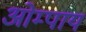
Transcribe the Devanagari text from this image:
ओम्पाय